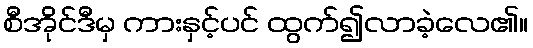
စီအိုင်ဒီမှ ကားနှင့်ပင် ထွက်၍လာခဲ့လေ၏။